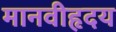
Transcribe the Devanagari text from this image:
मानवीहृदय